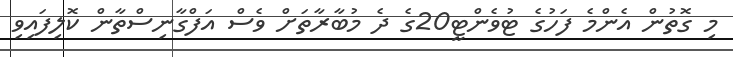
މި ގޮތުން އެންމެ ފަހުގެ ޓުވެންޓީ20ގެ ދެ މުބާރާތަށް ވެސް އަފްގާނިސްތާން ކޮލިފައިވި